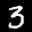
Label: 3